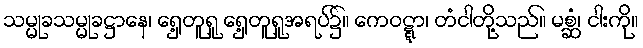
သမ္မုခသမ္မုခဋ္ဌာနေ၊ ရှေ့တူရူ ရှေ့တူရူအရပ်၌။ ကေဝဋ္ဋာ၊ တံငါတို့သည်။ မစ္ဆံ၊ ငါးကို။